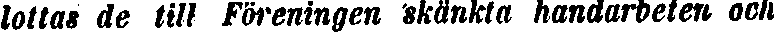
lottas de till Föreningen skänkta handarbeten och